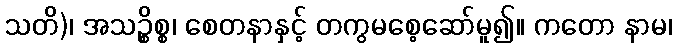
သတိ)၊ အသဉ္စိစ္စ၊ စေတနာနှင့် တကွမစေ့ဆော်မူ၍။ ကတော နာမ၊